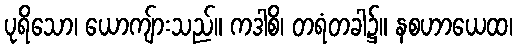
ပုရိသော၊ ယောကျ်ားသည်။ ကဒါစိ၊ တရံတခါ၌။ နစဟာယေထ၊